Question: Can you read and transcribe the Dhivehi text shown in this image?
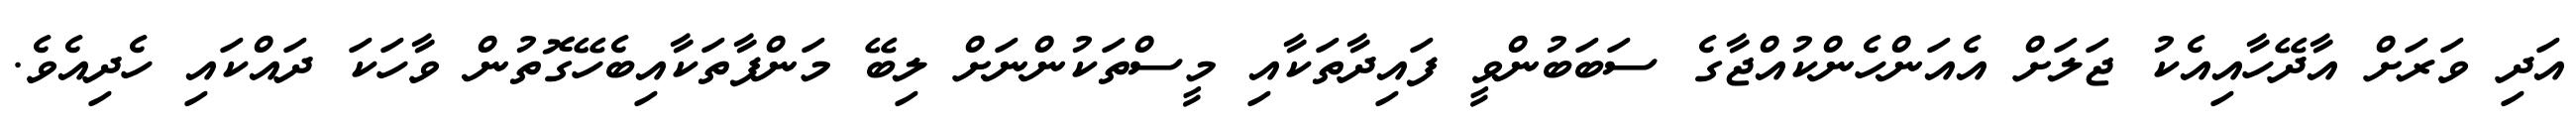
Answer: އަދި ވަރަށް އާދޭހާއިއެކު ޖަލަށް އެއަންހެންކުއްޖާގެ ސަބަބުންވީ ފައިދާތަކާއި މީސްތަކުންނަށް ލިބޭ މަންފާތަކާއިބެހޭގޮތުން ވާހަކަ ދައްކައި ހެދިއެވެ.